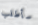
سأطلب